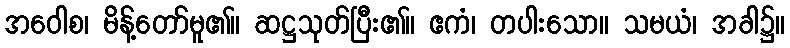
အဝေါစ၊ မိန့်တော်မူ၏။ ဆဋ္ဌသုတ်ပြီး၏။ ဧကံ၊ တပါးသော။ သမယံ၊ အခါ၌။